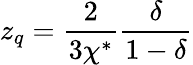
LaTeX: z_{q}=\frac{2}{3\chi^{*}}\frac{\delta}{1-\delta}